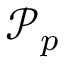
{ \mathcal P _ { p } }